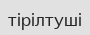
тірілтуші